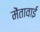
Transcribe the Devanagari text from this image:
मेंतावाई